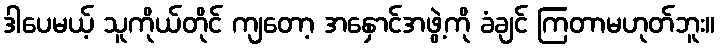
ဒါပေမယ့် သူကိုယ်တိုင် ကျတော့ အနှောင်အဖွဲ့ကို ခံချင် ကြတာမဟုတ်ဘူး။